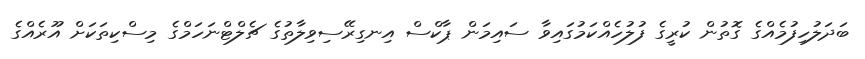
ބަދަލުހިފުމެއްގެ ގޮތުން ކުރީގެ ފުލުހެއްކަމުގައިވާ ސައިމަން ޕާކްސް އިނގިރޭސިވިލާތުގެ ޗެލްޓްނަހަމްގެ މިސްކިތަކަށް އޫރެއްގެ